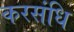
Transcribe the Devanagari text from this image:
करसंधि